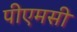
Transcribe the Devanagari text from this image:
पीएमसी